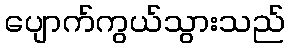
ပျောက်ကွယ်သွားသည်